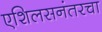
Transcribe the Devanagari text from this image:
एशिलसनंतरचा